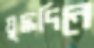
যুদ্ধদিনে